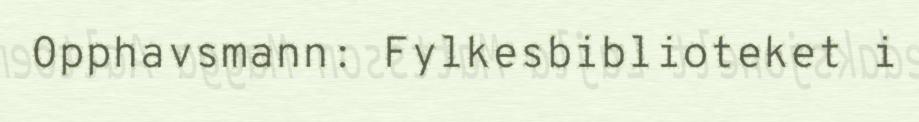
Opphavsmann: Fylkesbiblioteket i